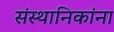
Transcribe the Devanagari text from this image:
संस्थानिकांना